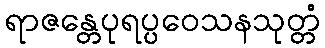
ရာဇန္တေပုရပ္ပဝေသနသုတ္တံ